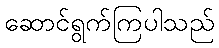
ဆောင်ရွက်ကြပါသည်